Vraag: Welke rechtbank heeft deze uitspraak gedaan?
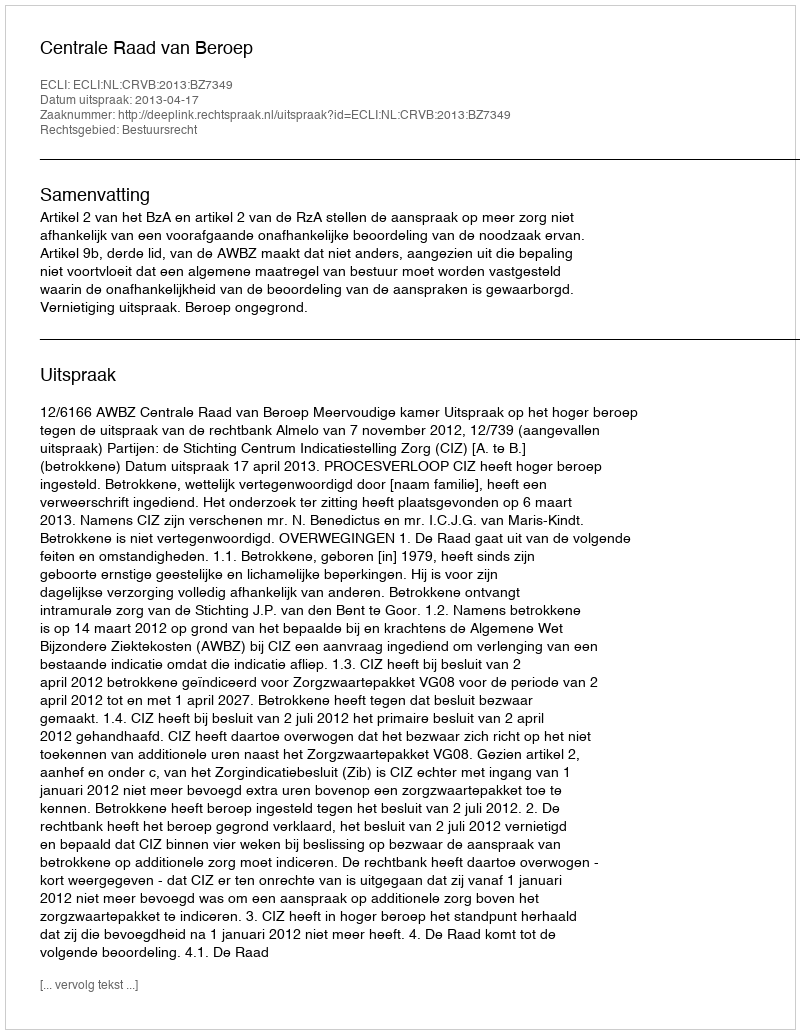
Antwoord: Centrale Raad van Beroep